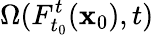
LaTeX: \Omega(F_{t_{0}}^{t}(\mathbf x_{0}),t)